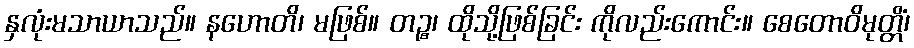
နှလုံးမသာယာသည်။ နဟောတိ၊ မဖြစ်။ တဉ္စ၊ ထိုသို့ဖြစ်ခြင်း ကိုလည်းကောင်း။ စေတောဝိမုတ္တိံ၊